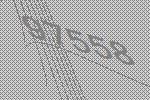
97558